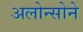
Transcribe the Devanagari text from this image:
अलोन्सोने